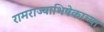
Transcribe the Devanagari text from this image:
रामराज्याभिषेकाच्या